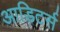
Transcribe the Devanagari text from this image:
आडिटर्स